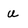
Character: U